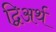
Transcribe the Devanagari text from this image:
द्विअर्थ